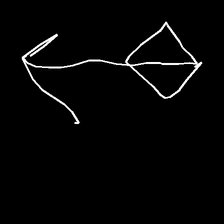
Glyph: focus